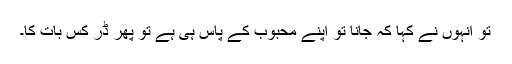
تو انہوں نے کہا کہ جانا تو اپنے محبوب کے پاس ہی ہے تو پھر ڈر کس بات کا۔